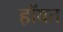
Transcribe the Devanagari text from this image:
हॉयत